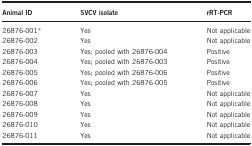
<table><thead><tr><td><b>Animal ID</b></td><td><b>SVCV isolate</b></td><td><b>rRT-PCR</b></td></tr></thead><tbody><tr><td>26876-001*</td><td>Yes</td><td>Not applicable</td></tr><tr><td>26876-002</td><td>Yes</td><td>Not applicable</td></tr><tr><td>26876-003</td><td>Yes; pooled with 26876-004</td><td>Positive</td></tr><tr><td>26876-004</td><td>Yes; pooled with 26876-003</td><td>Positive</td></tr><tr><td>26876-005</td><td>Yes; pooled with 26876-006</td><td>Positive</td></tr><tr><td>26876-006</td><td>Yes; pooled with 26876-005</td><td>Positive</td></tr><tr><td>26876-007</td><td>Yes</td><td>Not applicable</td></tr><tr><td>26876-008</td><td>Yes</td><td>Not applicable</td></tr><tr><td>26876-009</td><td>Yes</td><td>Not applicable</td></tr><tr><td>26876-010</td><td>Yes</td><td>Not applicable</td></tr><tr><td>26876-011</td><td>Yes</td><td>Not applicable</td></tr></tbody></table>